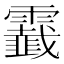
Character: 𩆧